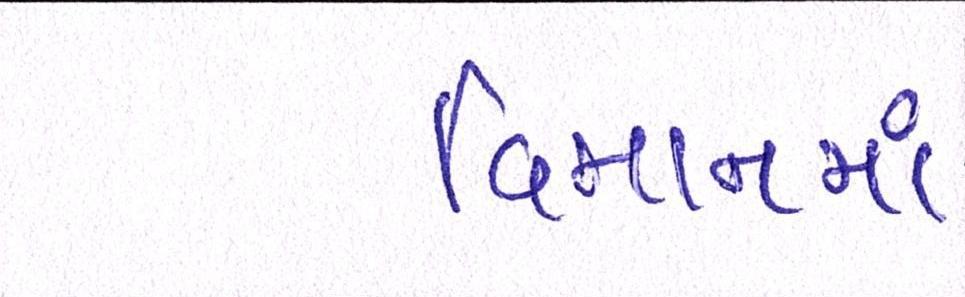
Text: વિમાનમાં